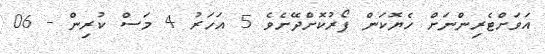
އަވަށްޓެރިންނަށް ހެޔޮކަން ފޯރުކޮށްދޭށެވެ 5 އަހަރު 4 މަސް ކުރިން - 06